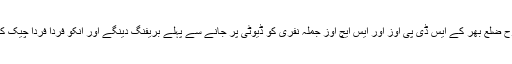
اسی طرح ضلع بھر کے ایس ڈی پی اوز اور ایس ایچ اوز جملہ نفری کو ڈیوٹی پر جانے سے پہلے بریفنگ دینگے اور انکو فردا فردا چیک کرینگے۔